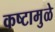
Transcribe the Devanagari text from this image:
कष्टामुळे